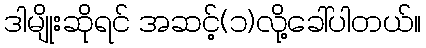
ဒါမျိုးဆိုရင် အဆင့်(၁)လို့ခေါ်ပါတယ်။